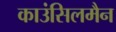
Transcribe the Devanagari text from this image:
काउंसिलमैन